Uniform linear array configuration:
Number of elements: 16
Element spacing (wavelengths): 0.75
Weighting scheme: binomial
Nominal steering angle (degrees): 60
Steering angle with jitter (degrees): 60.122
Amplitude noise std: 0.05
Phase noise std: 0.05

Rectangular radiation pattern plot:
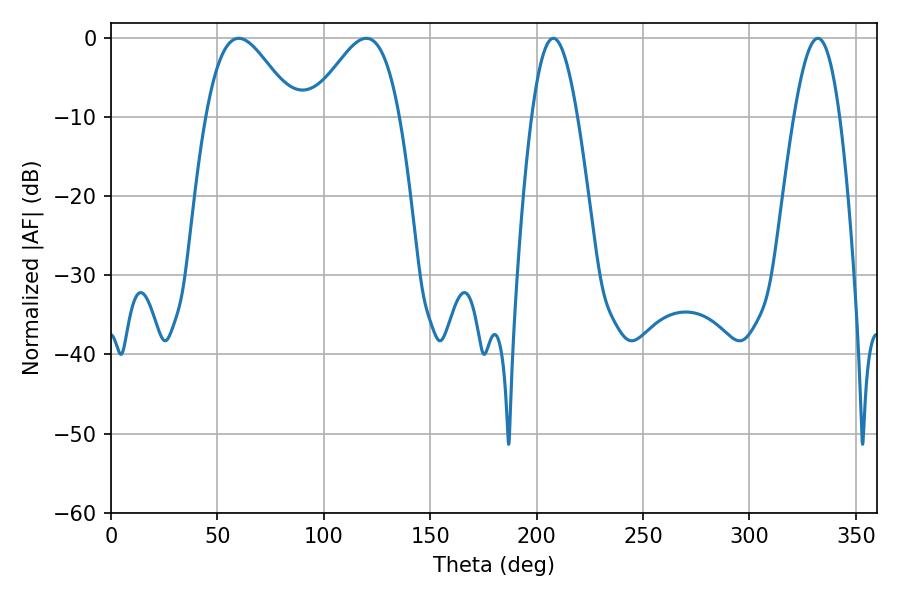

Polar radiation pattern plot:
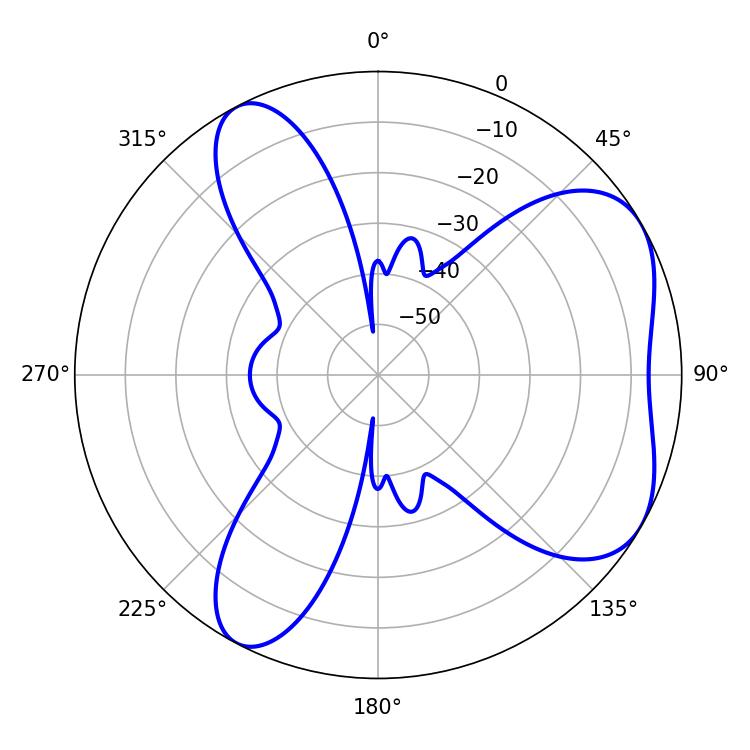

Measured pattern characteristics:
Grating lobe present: TRUE
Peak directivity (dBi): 5.474
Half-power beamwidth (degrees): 22.14
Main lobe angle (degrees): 59.94